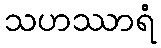
သဟဿာရံ